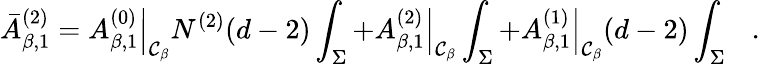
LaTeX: \bar{A}_{\beta,1}^{(2)}=\left.A_{\beta,1}^{(0)}\right|_{{\cal C}_{\beta}}N^{(2)}(d-2)\int_{\Sigma}+\left.A_{\beta,1}^{(2)}\right|_{{\cal C}_{\beta}}\int_{\Sigma}+\left.A_{\beta,1}^{(1)}\right|_{{\cal C}_{\beta}}(d-2)\int_{\Sigma}~~~.